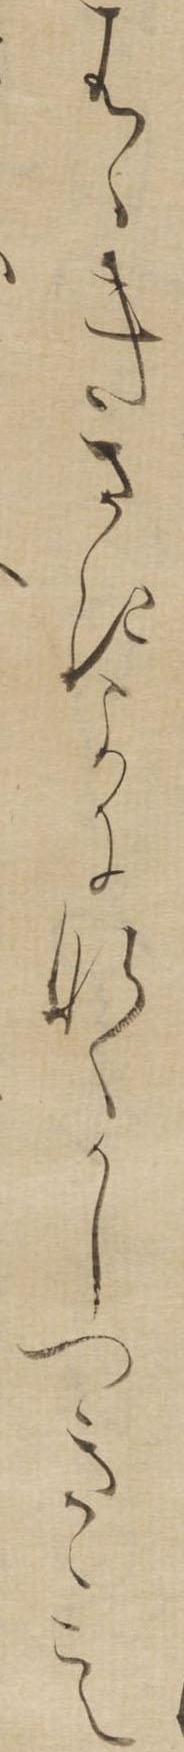
はゝきさきよになくかしつきゝこえ